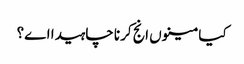
کیا مینوں انج کرنا چاہیدا اے؟